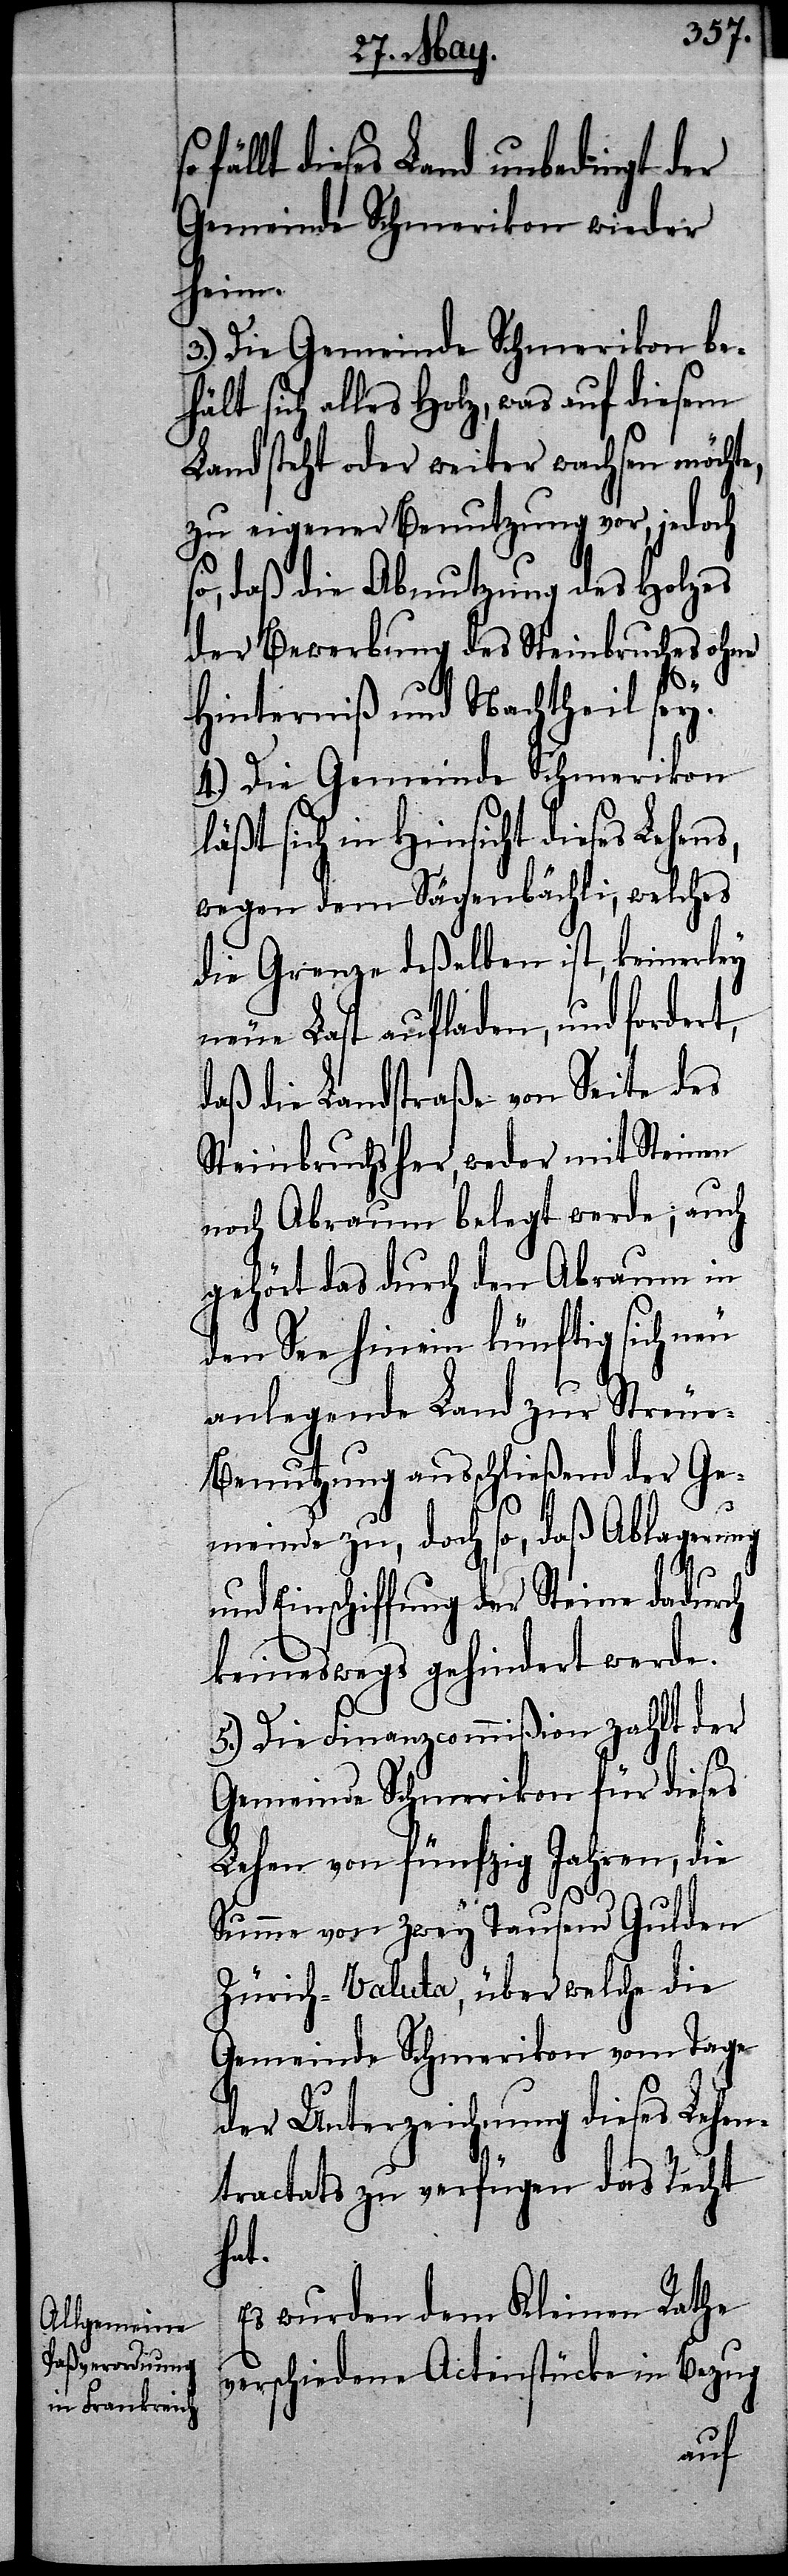
fällt dieses Land unbedingt der
Gemeinde Schmerikon wieder
heim.
3.) Die Gemeinde Schmerikon be¬
hält sich alles Holz, was auf diesem
Land steht oder weiter wachsen möchte,
zu einer Benutzung vor, jedoch
so, daß die Abnutzung des Holzes
der Bewerbung des Steinbruches ohne
Hinterniß und Nachtheil sey.
4.) Die Gemeinde Schmerikon
läßt sich in Hinsicht dieses Lehens,
wegen dem Sägenbächli, welches
die Grenze deßelben ist, keinerley
neue Last aufladen, und fordert,
daß die Landstraße von Seite des
Steinbruchs her, weder mit Steinen
noch Abraum belegt werde; auch
gehört das durch den Abraum in
den See hinein künftig sich neu
anlegende Land zur Streue-B¬
enutzung ausschließend der Ge¬
meinde zu, doch so, daß Ablagerung
und Einschiffung der Steine dadurch
keineswegs gehindert werde.
5.) Die Finanzcommißion zahlt der
Gemeinde Schmerikon für dieses
Lehen von fünfzig Jahren, die
Summe von zwey Tausend Gulden
Zürich-Valuta, über welche die
Gemeinde Schmerikon vom Tage
der Unterzeichnung dieses Lehen¬
tractats zu verfügen das Recht
hat.
Es wurden dem Kleinen Rathe
verschiedene Actenstücke in Bezug